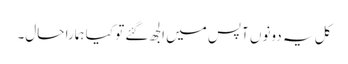
کل یہ دونوں آپس میں الجھ گئے تو کیا ہمارا حال۔